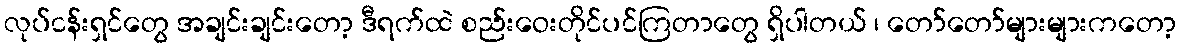
လုပ်ငန်းရှင်တွေ အချင်းချင်းတော့ ဒီရက်ထဲ စည်းဝေးတိုင်ပင်ကြတာတွေ ရှိပါတယ် ၊ တော်တော်များများကတော့